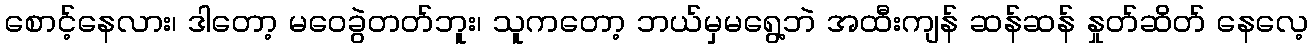
စောင့်နေလား၊ ဒါတော့ မဝေခွဲတတ်ဘူး၊ သူကတော့ ဘယ်မှမရွေ့ဘဲ အထီးကျန် ဆန်ဆန် နှုတ်ဆိတ် နေလေ့